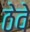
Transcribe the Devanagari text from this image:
ठेवे